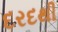
દરદથી